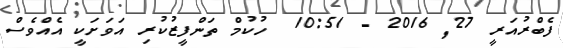
ފެބްރުއަރީ 27